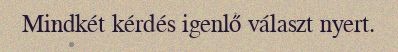
Mindkét kérdés igenlő választ nyert.